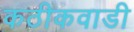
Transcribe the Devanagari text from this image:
कठीकवाडी